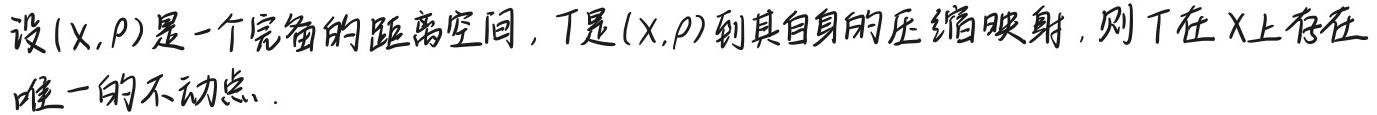
设$(X,\rho)$是一个完备的距离空间，$T$是$(X,\rho)$到其自身的压缩映射，则$T$在$X$上存在唯一的不动点.